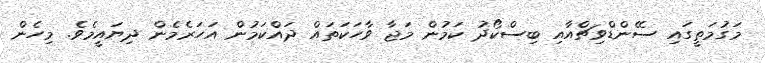
މަގުމަތީގައި ސޭންޑްވިޗްއާއި ބިސްކޯދު ކަމުން މަޖާ ވާހަކަތައް ދައްކަމުން އަހަރެމެން ދިޔައީމެވެ. މިހެން